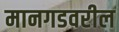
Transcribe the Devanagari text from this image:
मानगडवरील